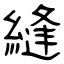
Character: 縫